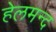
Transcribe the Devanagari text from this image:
हेलमन्द